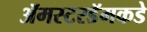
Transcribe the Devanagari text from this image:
ॲमस्टरडॅमकडे